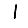
Digit: 1